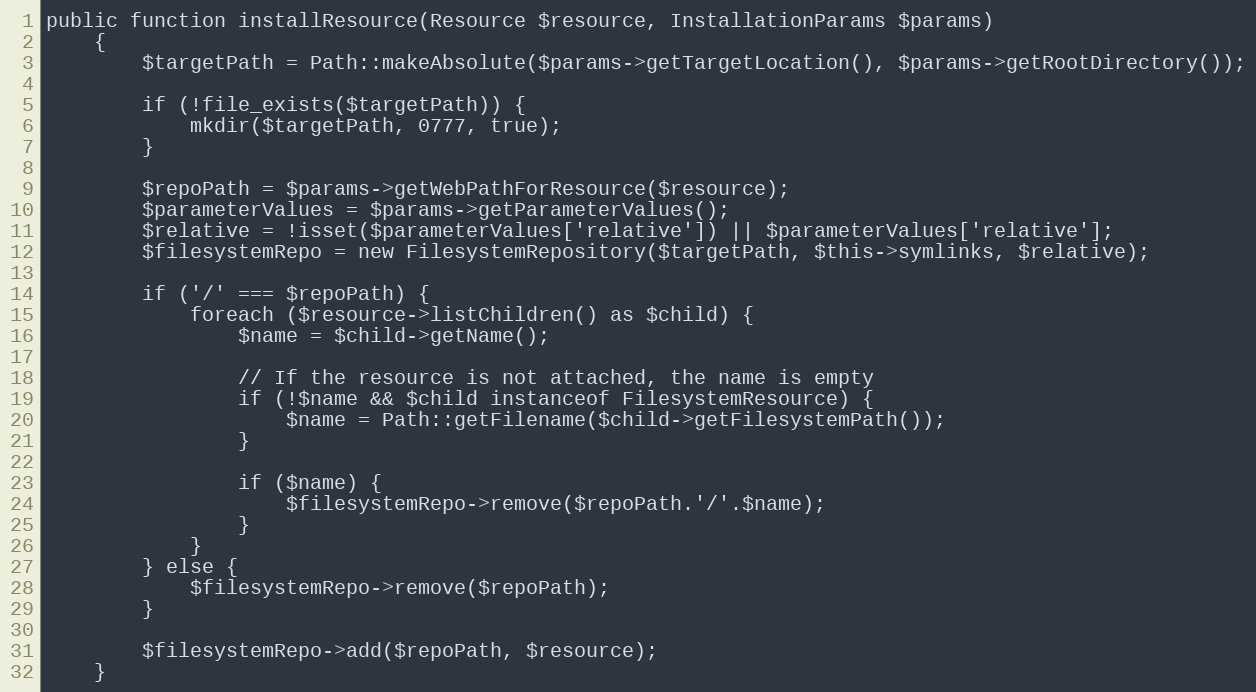
Language: PHP
public function installResource(Resource $resource, InstallationParams $params)
    {
        $targetPath = Path::makeAbsolute($params->getTargetLocation(), $params->getRootDirectory());

        if (!file_exists($targetPath)) {
            mkdir($targetPath, 0777, true);
        }

        $repoPath = $params->getWebPathForResource($resource);
        $parameterValues = $params->getParameterValues();
        $relative = !isset($parameterValues['relative']) || $parameterValues['relative'];
        $filesystemRepo = new FilesystemRepository($targetPath, $this->symlinks, $relative);

        if ('/' === $repoPath) {
            foreach ($resource->listChildren() as $child) {
                $name = $child->getName();

                // If the resource is not attached, the name is empty
                if (!$name && $child instanceof FilesystemResource) {
                    $name = Path::getFilename($child->getFilesystemPath());
                }

                if ($name) {
                    $filesystemRepo->remove($repoPath.'/'.$name);
                }
            }
        } else {
            $filesystemRepo->remove($repoPath);
        }

        $filesystemRepo->add($repoPath, $resource);
    }